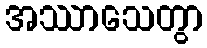
အဿာသေတွာ